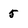
Character: 5